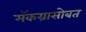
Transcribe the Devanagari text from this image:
मॅकग्रासोबत